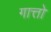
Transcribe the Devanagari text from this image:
गात्तो